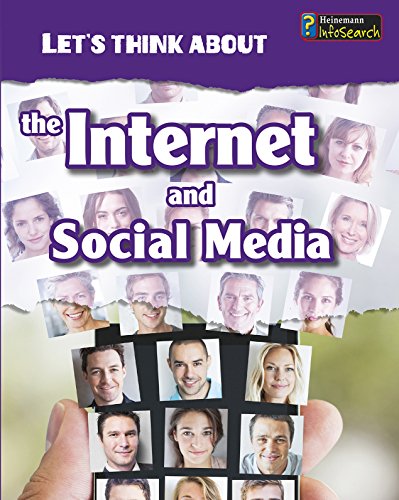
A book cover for Let's Think About the Internet and Social Media; Alex Woolf; Children's Books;